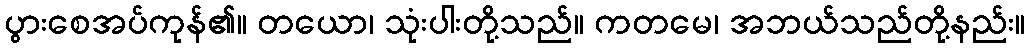
ပွားစေအပ်ကုန်၏။ တယော၊ သုံးပါးတို့သည်။ ကတမေ၊ အဘယ်သည်တို့နည်း။